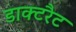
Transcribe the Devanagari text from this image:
डाक्टरैट